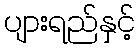
ပျားရည်နှင့်